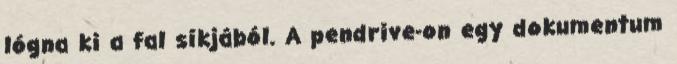
lógna ki a fal síkjából. A pendrive-on egy dokumentum